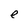
Character: e